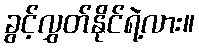
ခွင့်လွှတ်နိုင်ရဲ့လား။